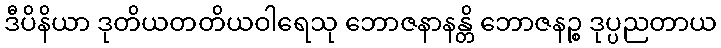
ဒီပိနိယာ ဒုတိယတတိယဝါရေသု ဘောဇနာနန္တိ ဘောဇနဉ္စ ဒုပ္ပညတာယ